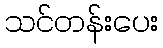
သင်တန်းပေး